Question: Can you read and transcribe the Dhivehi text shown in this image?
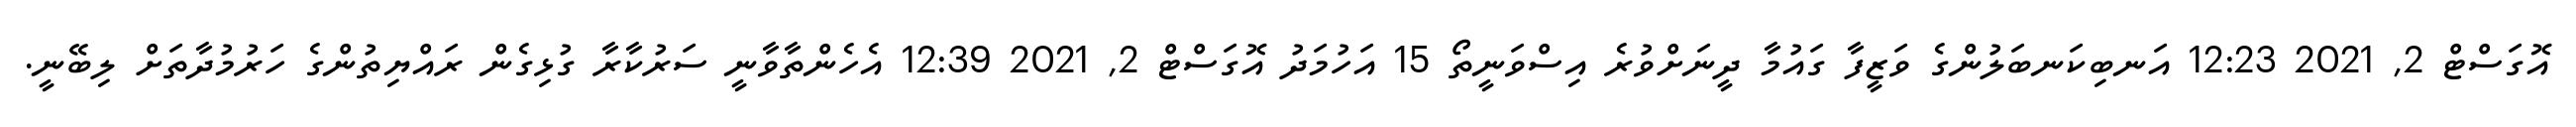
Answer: އޮގަސްޓް 2, 2021 12:23 އަނބިކަނބަލުންގެ ވަޒީފާ ގައުމާ ދީނަށްވުރެ އިސްވަނީތޯ 15 އަހުމަދު އޮގަސްޓް 2, 2021 12:39 އެހެންތާވާނީ ސަރުކާރާ ގުޅިގެން ރައްޔިތުންގެ ހަރުމުދާތަށް ލިބޭނީ.